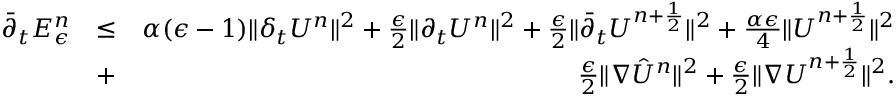
\begin{array} { r l r } { { \bar { \partial } } _ { t } { \cal E } _ { \epsilon } ^ { n } } & { \leq } & { \alpha ( \epsilon - 1 ) \| \delta _ { t } U ^ { n } \| ^ { 2 } + \frac { \epsilon } { 2 } \| \partial _ { t } U ^ { n } \| ^ { 2 } + \frac { \epsilon } { 2 } \| \bar { \partial } _ { t } U ^ { n + \frac { 1 } { 2 } } \| ^ { 2 } + \frac { \alpha \epsilon } { 4 } \| U ^ { n + \frac { 1 } { 2 } } \| ^ { 2 } } \\ & { + } & { \frac { \epsilon } { 2 } \| \nabla { \hat { U } } ^ { n } \| ^ { 2 } + \frac { \epsilon } { 2 } \| \nabla U ^ { n + \frac { 1 } { 2 } } \| ^ { 2 } . } \end{array}